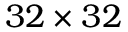
3 2 \times 3 2